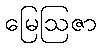
မြေဩဇာ